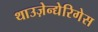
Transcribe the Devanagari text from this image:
थाउज़ेन्द्येरिगेस